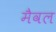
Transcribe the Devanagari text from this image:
मैवल